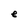
Character: e